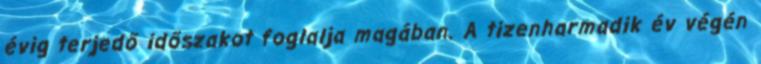
évig terjedő időszakot foglalja magában. A tizenharmadik év végén